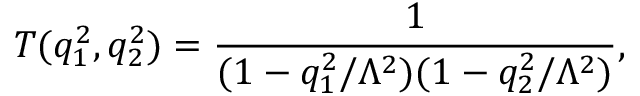
T ( q _ { 1 } ^ { 2 } , q _ { 2 } ^ { 2 } ) = \frac { 1 } { ( 1 - q _ { 1 } ^ { 2 } / \Lambda ^ { 2 } ) ( 1 - q _ { 2 } ^ { 2 } / \Lambda ^ { 2 } ) } ,